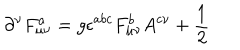
\partial ^ { \nu } F _ { \mu \nu } ^ { a } = g \epsilon ^ { a b c } F _ { \mu \nu } ^ { b } A ^ { c \nu } + \frac 1 2